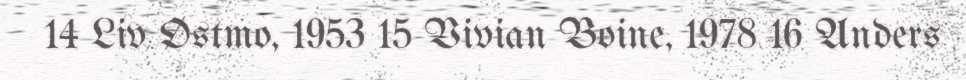
14 Liv Østmo, 1953 15 Vivian Boine, 1978 16 Anders